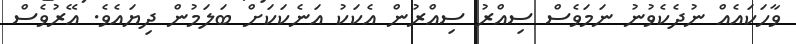
ވާހަކައެއް ނުދެކެވުނު ނަމަވެސް ސިއްރު ސިއްރުން އެކަކު އަނެކަކަށް ބަލަމުން ދިޔައެވެ. އޭރުވެސް